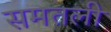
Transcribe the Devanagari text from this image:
समतली